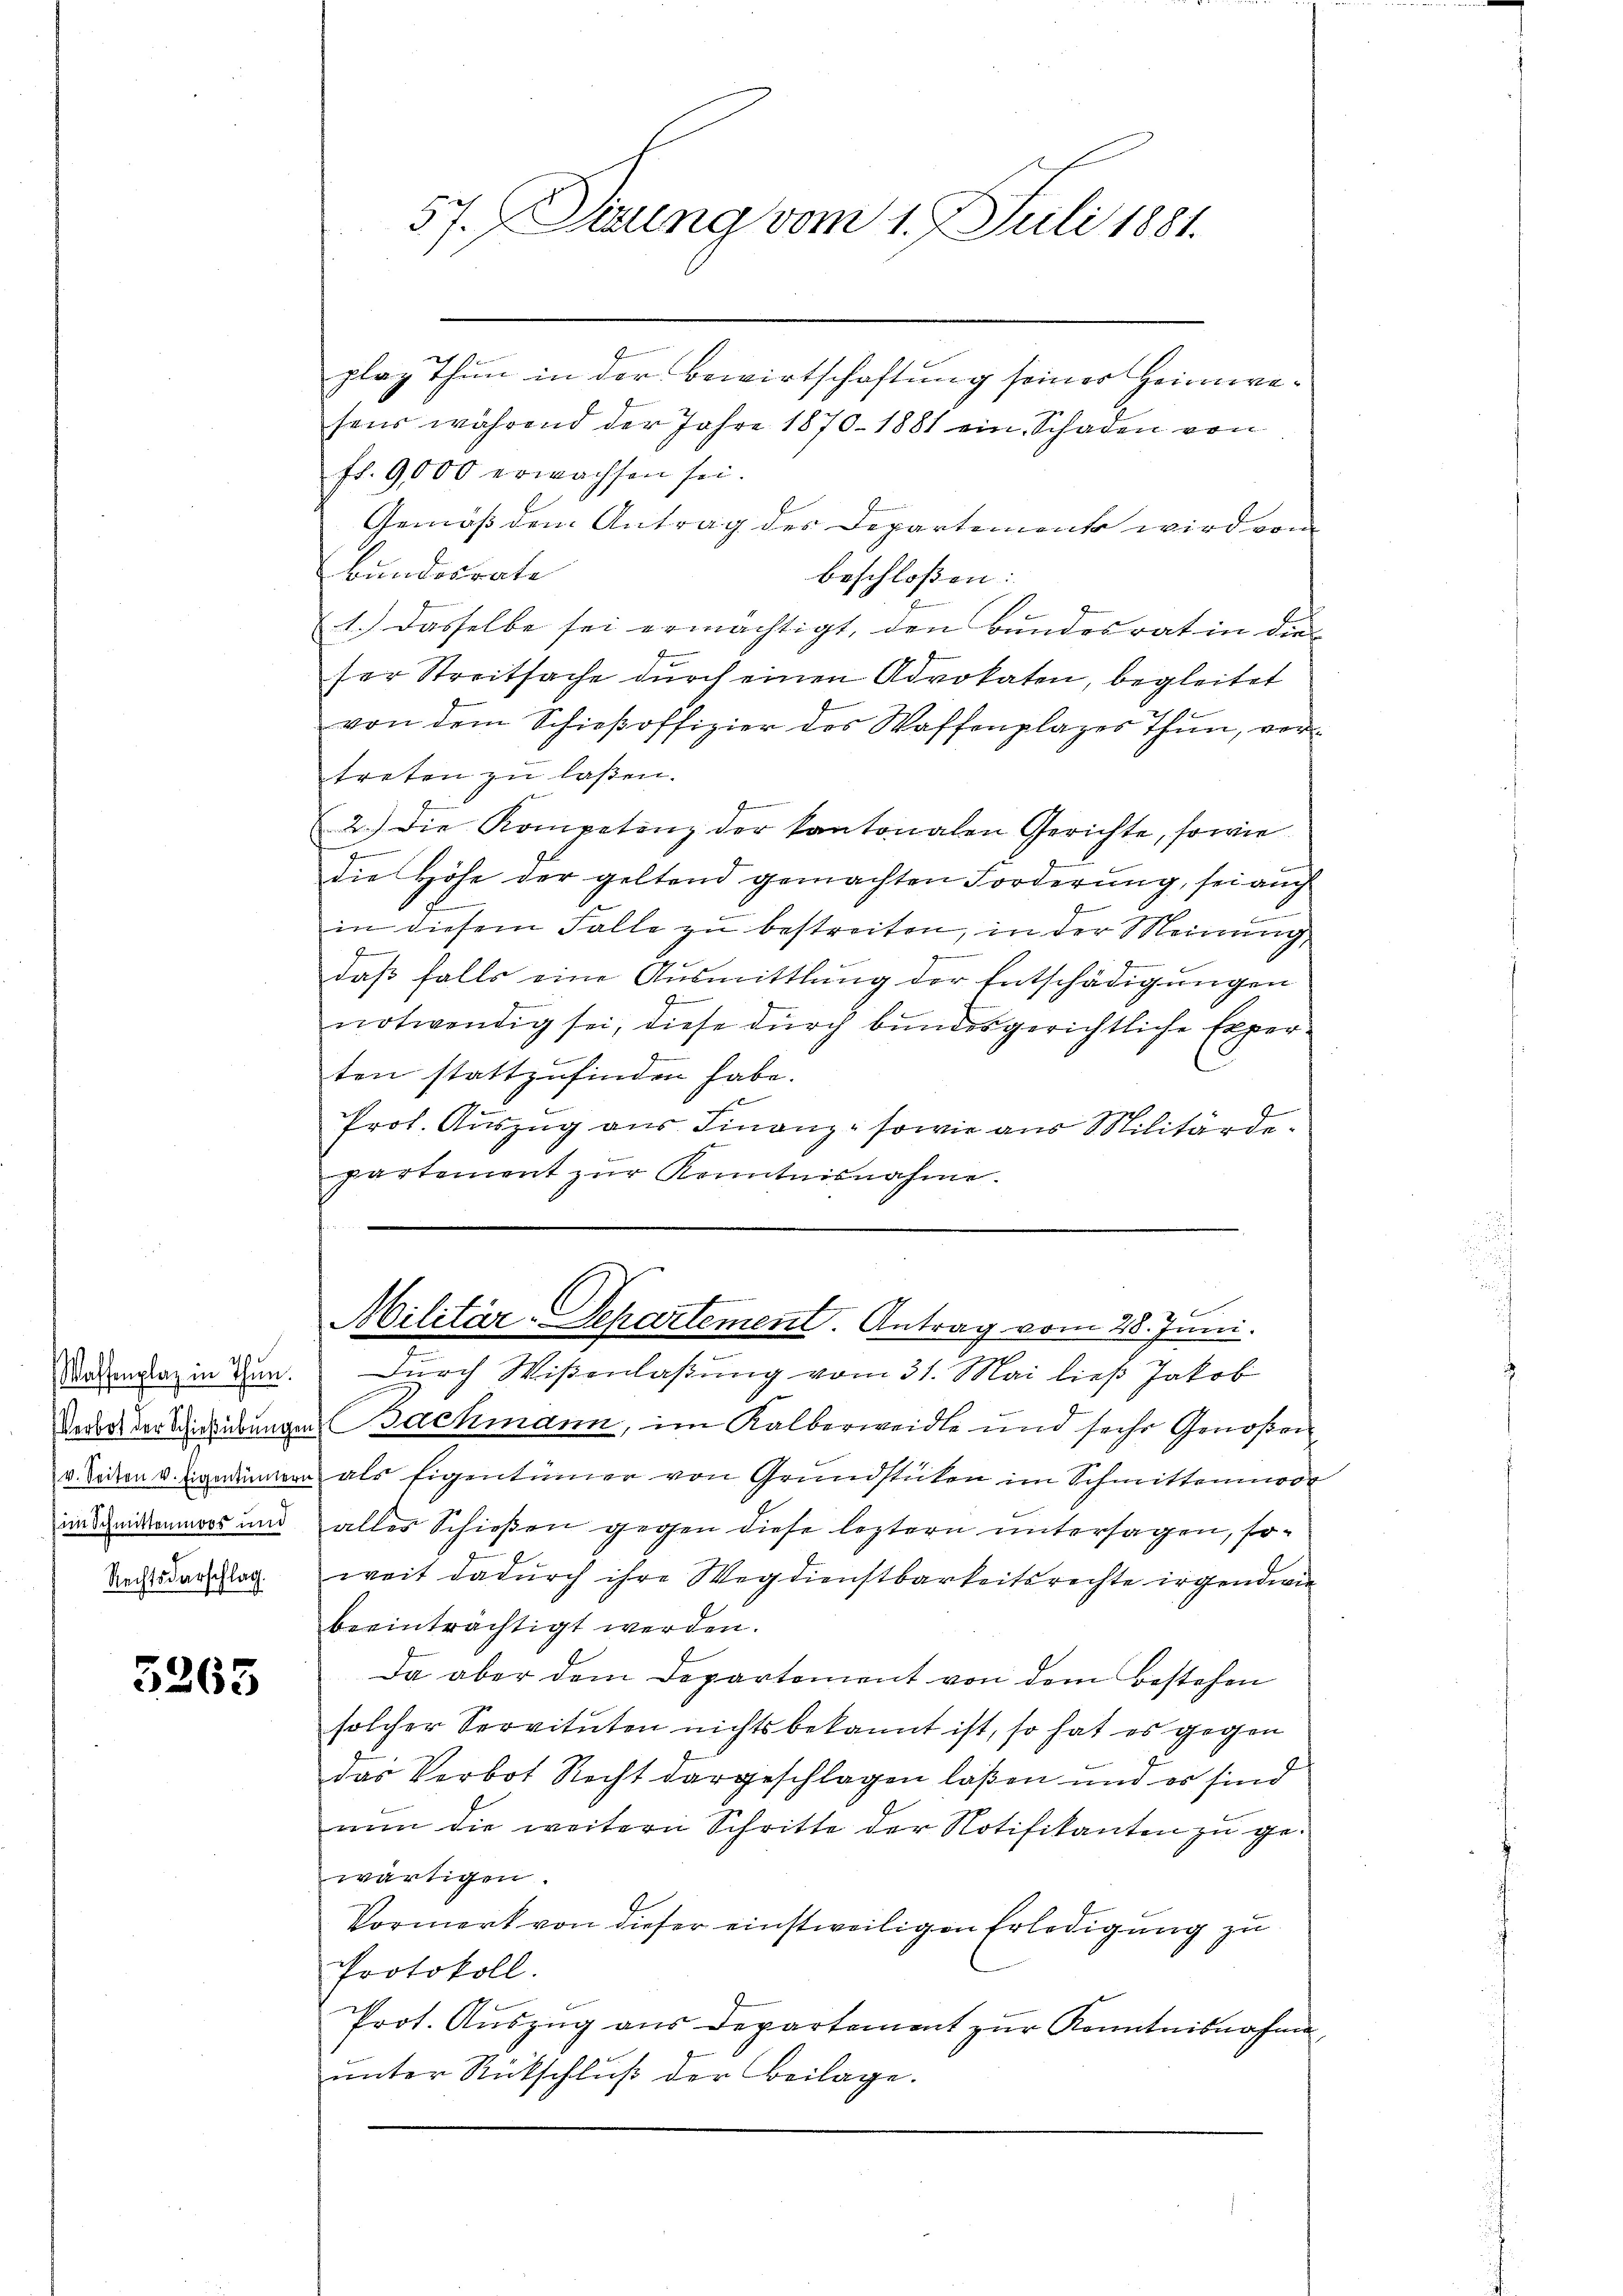
im Schmittenmoos und
Rechtsdarschlag.

3265

plaz Thun in der Bewirtschaftung seiner Heimwesens während der Jahre 1870. 1881 ein Schaden von
fl. 9,000 erwachsen sei.
Gemäss dem Antrag des Departement wird vom
Bundesrate
beschloßen:
1.) Dasselbe sei ermächtigt, den Bundesrat in die
n
ser Streitsache durch einen Advokaten, begleitet
von dem Schieβoffizier des Waffenplazes Thun, vertreten zu laßen.
e
2.) Die Kompetenz der kantonalen Gerichte, sowie
E
die Höhe der geltend gemachten Forderung, sei auch
in diesem Falle zu bestreiten, in der Meinung
J
daß falls eine Ausmittlung der Entschädigungen
z
notwendig sei, diese durch bundesgerichtliche Experten stattzufinden habe.
.
Prot. Auszug aus Finanz- sowie aus Militärdeeien die
partement zŭr Kenntnisnahme.
.
.

57. Sirung vom 1. J. Juli 1881.

Militär-Departement. Antrag vom 28. Juni.

Macentrag in den. Durch Wißenlaßung vom 31. Mai ließ Jakob
Veddel der Schübungen Bachmann, im Kalberweidle und sehr Genoßen
u. Seiten u. Zigerinnern als Eigentümer von Grundstücken im Schmittenmoor
alles Schießen gegen diese leztern untersagen, soweit dadurch ihre Wegdienstbarkeitsrechte irgendwie
beeinträchtigt werden.
Da aber dem Departement von dem bestehen
solcher Servituten nichts bekannt ist, so hat es gegen
das Verbot Recht dargeschlagen laßen und es sind
nun die weitern Schritte der Notifikanten zu gewärtigen.
Vormerk von dieser einstweiligen Erledigung zu
Protokoll.
Prot. Auszug aus Departement zur Kenntnisnahme
unter Rückschluß der Beilage.